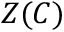
Z ( C )